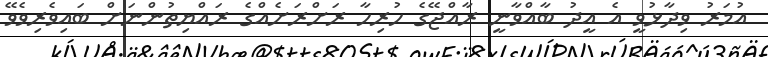
އުމަރު ވިދާޅުވީ އެ އީދު ބާއްވާނީ ރާއްޖޭގެ ހުރިހާ ރަށްރަށެއްގެ ރައްޔިތުންނަށް ބައިވެރިވެވޭ